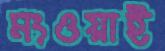
মংওয়াই